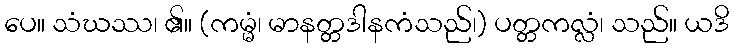
ပေ။ သံဃဿ၊ ၏။ (ကမ္မံ၊ မာနတ္တဒါနကံသည်၊) ပတ္တကလ္လံ၊ သည်။ ယဒိ